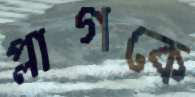
প্লাগকে